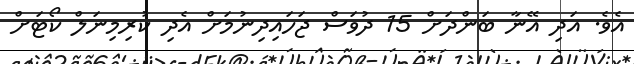
އެވެ. އަދި އޭނާ ބަންދަށް 15 ދުވަސް ޖަހައިދިނުމަށް އެދި ކުރިމިނަލް ކޯޓަށް